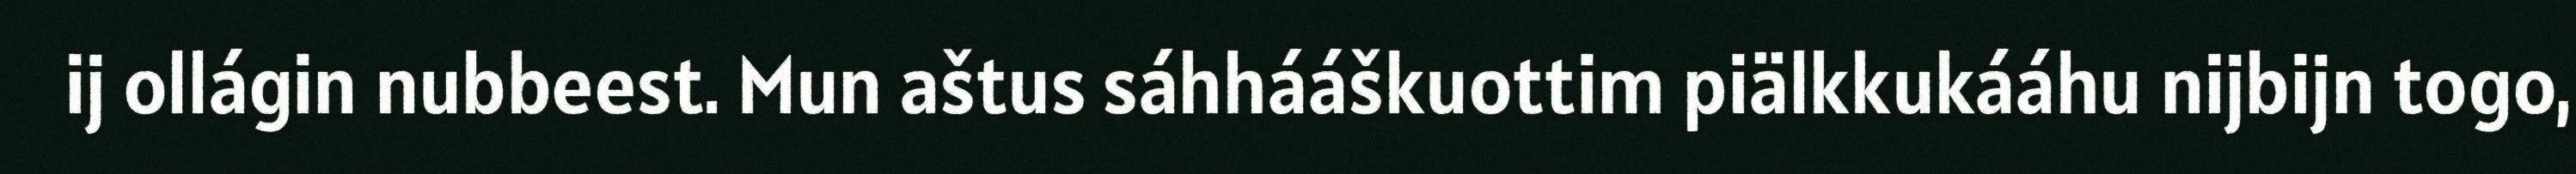
ij ollágin nubbeest. Mun aštus sáhhááškuottim piälkkukááhu nijbijn togo,